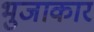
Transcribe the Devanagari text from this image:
भुजाकार